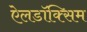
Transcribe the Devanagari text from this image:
ऐलडॉक्सिम